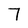
Character: 7